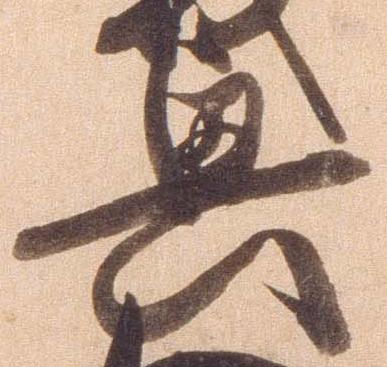
興